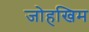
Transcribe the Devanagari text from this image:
जोहखिम